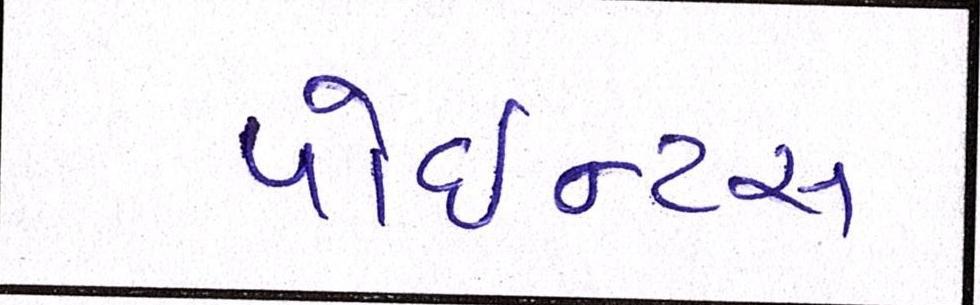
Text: પોઇન્ટસ